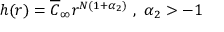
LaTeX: h ( r ) = \overline { { { C } } } _ { \infty } r ^ { N ( 1 + \alpha _ { 2 } ) } \mathrm { ~ , ~ } \alpha _ { 2 } > - 1